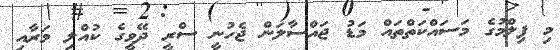
މި ފިލްމުގެ މަސައްކަތްތައް މަޑު ޖައްސާލަން ޖެހުނީ ސްރީ ދޭވީގެ ކުއްލި މަރާއި